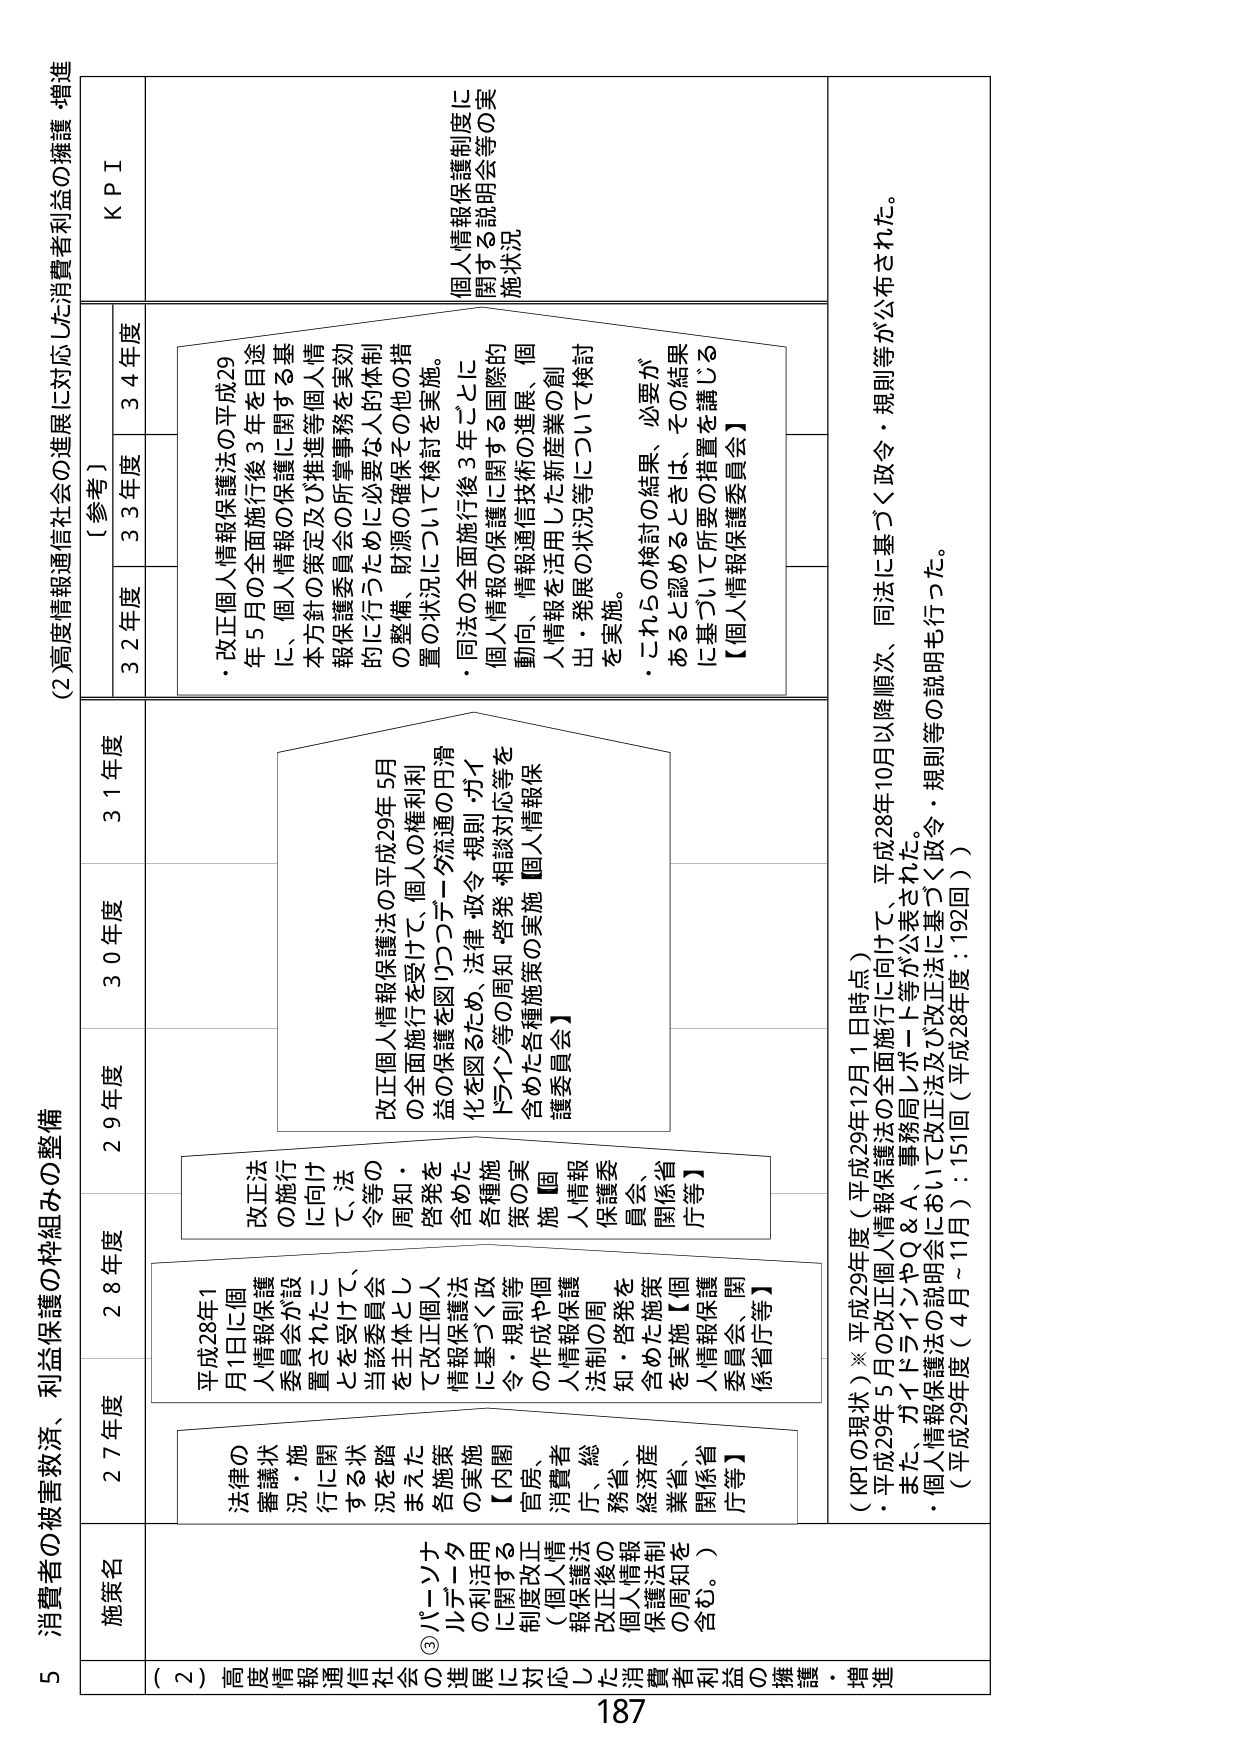
5 消費者の被害救済、利益保護の枠組みの整備

(2) 高度情報通信社会の進展に対応した消費者利益の擁護・増進

施策名
(2) 高度情報通信社会の進展に対応した消費者利益の擁護・増進

法律の審議状況・施行に関する状況を踏まえた各施策の実施に関する対応（個人情報保護法改正後の個人情報保護法制の周知を含む。）

③パーソナルデータの利用に関する制度改正（個人情報保護法改正後の個人情報保護法制の周知を含む。）

27年度
平成28年1月1日に個人情報保護委員会が設置されたことを受けて、当該委員会を主体として改正個人情報保護法に基づく政令・規則等の作成や個人情報保護法制の周知・啓発を含めた施策を実施【個人情報保護委員会、関係省庁等】

28年度
改正法の施行に向けた法令等の周知・啓発を含めた各種施策の実施【個人情報保護委員会、関係省庁等】

29年度
改正個人情報保護法の平成29年の全面施行を受けて、個人の権利利益の保護を図りつつデータ流通の円滑化を図るため、法律・政令・規則・ガイドライン等の周知・啓発・相談対応等を含めた各種施策の実施【個人情報保護委員会】

30年度

31年度

32年度
・改正個人情報保護法の平成29年5月の全面施行後3年を目途に、個人情報の保護に関する基本方針の策定及び推進等個人情報保護委員会の所掌事務を柔軟的に行うために必要な人的体制の整備、財源の確保その他の措置の状況について検討を実施。
・同法の全面施行後3年ごとに個人情報の保護に関する国際的動向、情報通信技術の進展、個人情報を活用した新産業の創出・発展の状況等について検討を実施。
・これらの検討の結果、必要があると認めるときは、その結果に基づいて所要の措置を講じる【個人情報保護委員会】

33年度

34年度

KPI

【参考】
（KPIの現状）※平成29年度（平成29年12月1日時点）
・平成29年5月の改正個人情報保護法の全面施行に向けて、平成28年10月以降順次、同法に基づく政令・規則等が公布された。
また、ガイドラインやQ＆A、事務局レポート等が公表された。
・個人情報保護法の説明会において改正法及び改正法に基づく政令・規則等の説明も行った。
（平成29年度（4月～11月）：151回（平成28年度：192回））

187